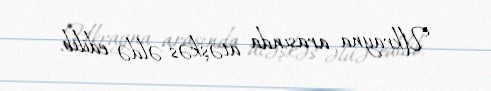
Ukrayna arasında atəşkəs əldə edilib.